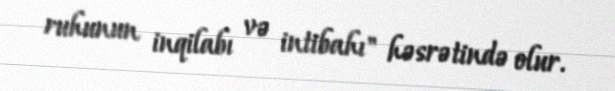
ruhunun inqilabı və intibahı" həsrətində olur.